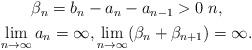
LaTeX: \begin{align*} \begin{gathered} \beta_n=b_n-a_n-a_{n-1}>0 \; n, \\ \lim_{n\to\infty}a_n=\infty, \lim_{n\to\infty}(\beta_n+\beta_{n+1})=\infty. \end{gathered} \end{align*}